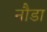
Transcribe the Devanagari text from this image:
नौडा